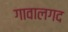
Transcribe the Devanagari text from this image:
गावालगद